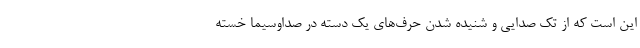
این است که از تک صدایی و شنیده شدن حرف‌های یک دسته در صداوسیما خسته